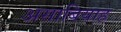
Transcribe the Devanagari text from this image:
असाबियाह